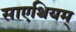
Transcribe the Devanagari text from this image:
साएथियम्‌